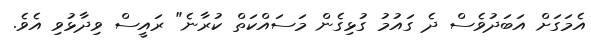
އެމަގަށް އަބަދުވެސް ދެ ގައުމު ގުޅިގެން މަސައްކަތް ކުރާނެ" ރައީސް ވިދާޅުވި އެވެ.